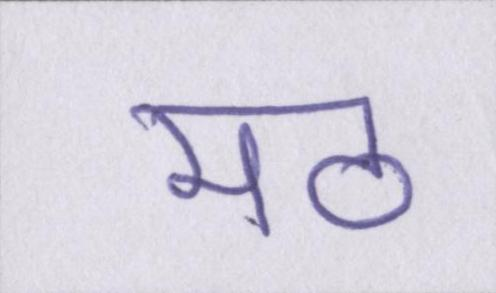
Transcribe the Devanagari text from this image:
मठ